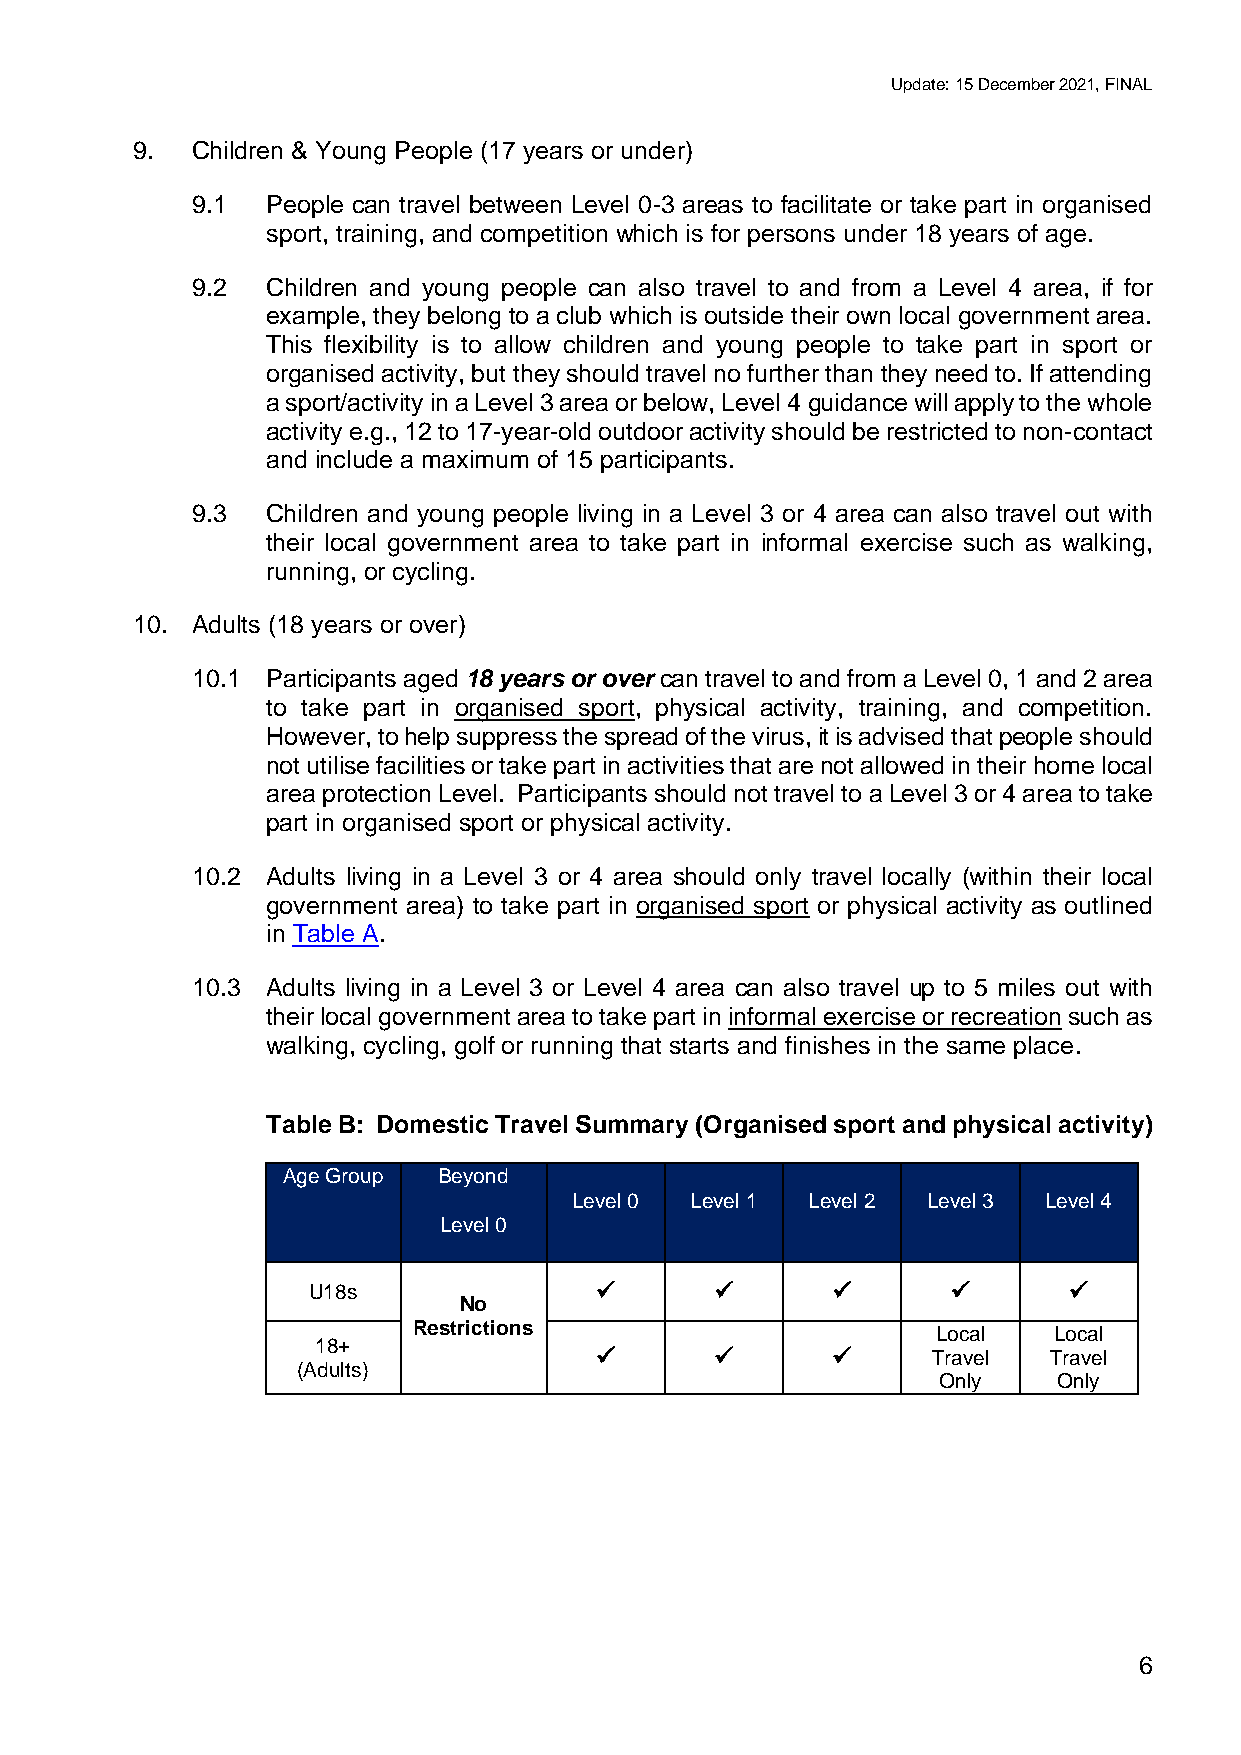
Update: 15 December 2021, FINAL
 9.  Children & Young People (17 years or under)
 9.1  People can travel between Level 0-3 areas to facilitate or take part in organised
 sport, training, and competition which is for persons under 18 years of age.
 9.2  Children and young people can also travel to and from a Level 4 area, if for
 example, they belong to a club which is outside their own local government area.
 This flexibility is to allow children and young people to take part in sport or
 organised activity, but they should travel no further than they need to. If attending
 a sport/activity in a Level 3 area or below, Level 4 guidance will apply to the whole
 activity e.g., 12 to 17-year-old outdoor activity should be restricted to non-contact
 and include a maximum of 15 participants.
 9.3  Children and young people living in a Level 3 or 4 area can also travel out with
 their local government area to take part in informal exercise such as walking,
 running, or cycling.
 10. Adults (18 years or over)
 10.1 Participants aged 18 years or over can travel to and from a Level 0, 1 and 2 area
 to take part in organised sport, physical activity, training, and competition.
 However, to help suppress the spread of the virus, it is advised that people should
 not utilise facilities or take part in activities that are not allowed in their home local
 area protection Level. Participants should not travel to a Level 3 or 4 area to take
 part in organised sport or physical activity.
 10.2 Adults living in a Level 3 or 4 area should only travel locally (within their local
 government area) to take part in organised sport or physical activity as outlined
 in Table A.
 10.3 Adults living in a Level 3 or Level 4 area can also travel up to 5 miles out with
 their local government area to take part in informal exercise or recreation such as
 walking, cycling, golf or running that starts and finishes in the same place.
 Table B: Domestic Travel Summary (Organised sport and physical activity)
 Age Group Beyond
 Level 0 Level 1 Level 2 Level 3 Level 4
 Level 0
 U18s               ✓       ✓       ✓       ✓       ✓
 No
 Restrictions                       Local   Local
 18+
 ✓       ✓       ✓      Travel Travel
 (Adults)
 Only    Only
 6